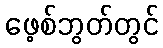
ဖေ့စ်ဘွတ်တွင်